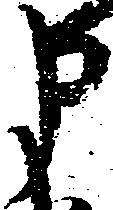
申